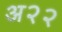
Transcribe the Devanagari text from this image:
अ२२